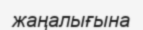
жаңалығына